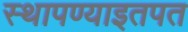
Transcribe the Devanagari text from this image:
स्थापण्याइतपत